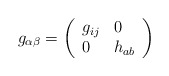
\begin{align*}g_{\alpha \beta }=\left(\begin{array}{ll}g_{ij} & 0 \\0 & h_{ab}\end{array}\right) \end{align*}